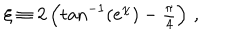
\xi \equiv 2 \left( \tan ^ { - 1 } ( e ^ { \chi } ) - { \textstyle \frac { \pi } { 4 } } \right) \, ,